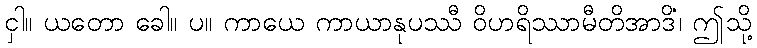
ငှါ။ ယတော ခေါ။ ပ။ ကာယေ ကာယာနုပဿီ ဝိဟရိဿာမီတိအာဒိံ၊ ဤသို့